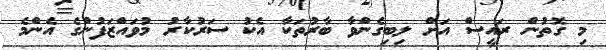
މި ގޮތުން ރައީސް އަށް ލިބިގެންވާ ބާރުތަކާ އެކު ސަރުކާރު މުވައްޒަފުންގެ އެންމެ